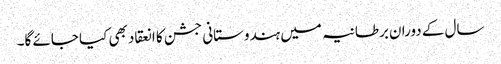
سال کے دوران برطانیہ میں ہندوستانی جشن کا انعقاد بھی کیا جائے گا۔